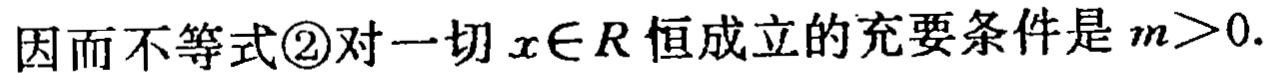
因而不等式\textcircled{2}对一切\(x\in R\)恒成立的充要条件是\(m > 0\).